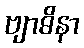
ဗျာဓိနာ